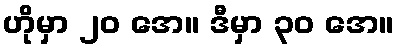
ဟိုမှာ ၂၀ အေ။ ဒီမှာ ၃၀ အေ။